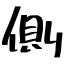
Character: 側